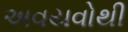
અવયવોથી